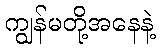
ကျွန်မတို့အနေနဲ့